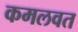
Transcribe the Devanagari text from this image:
कमलवत